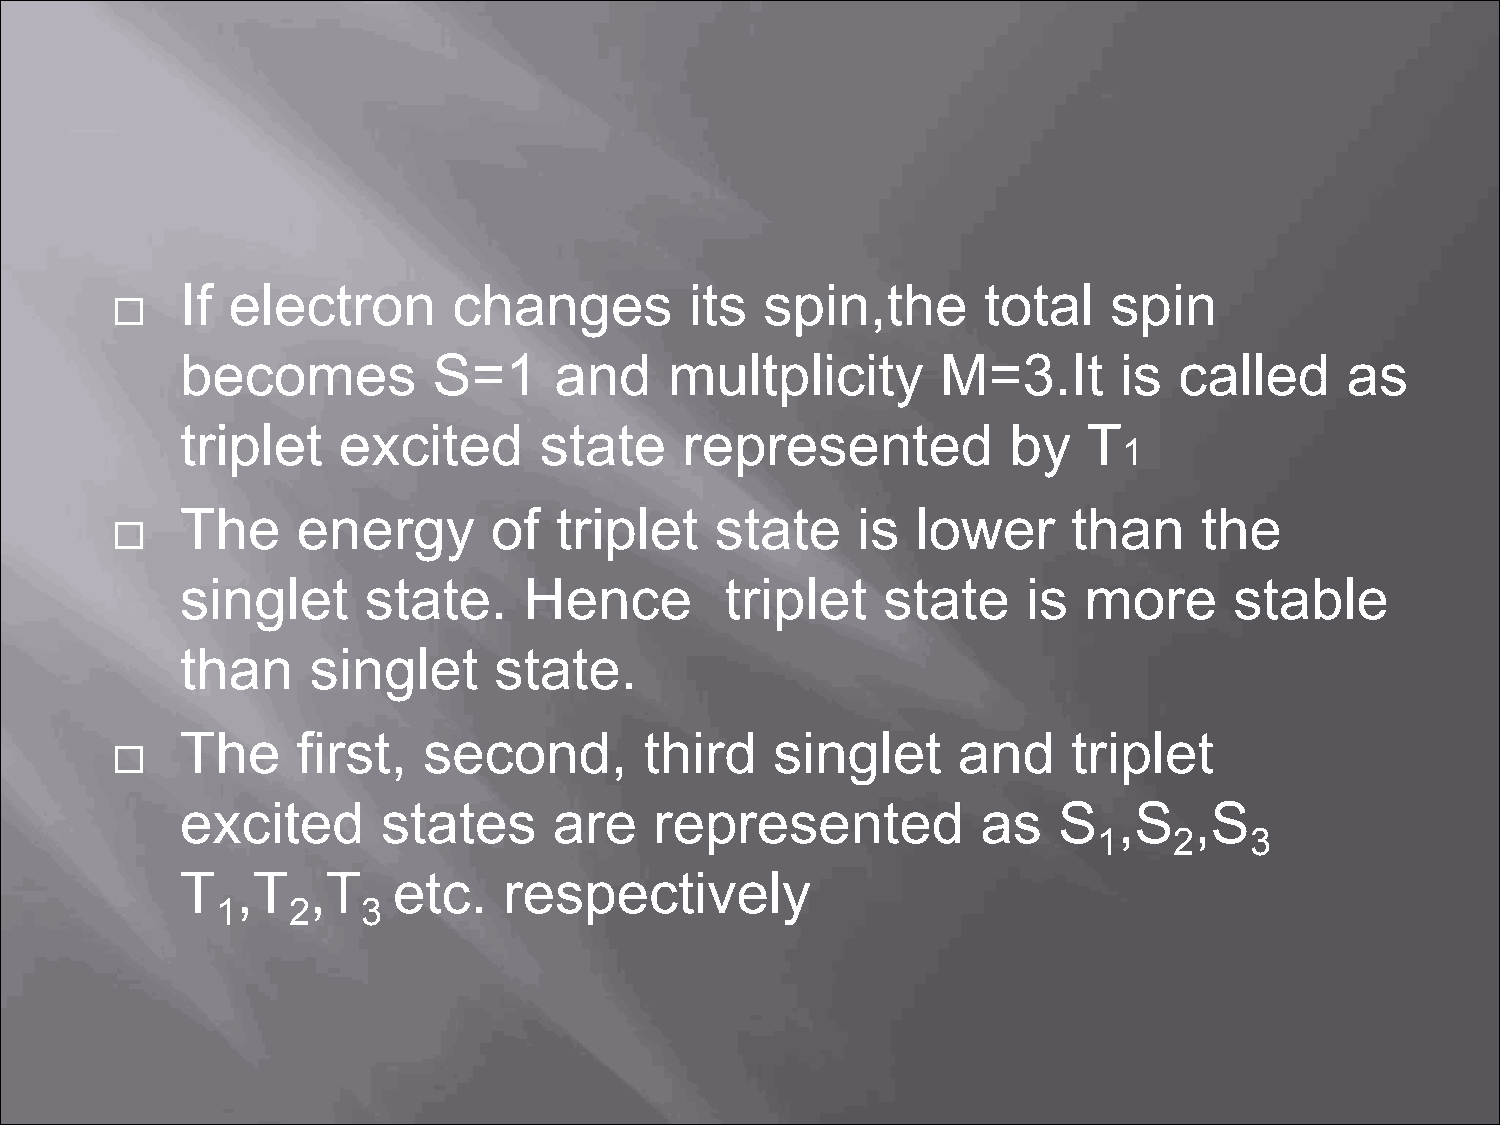
If electron       changes         its  spin,the      total    spin
 
 becomes          S=1     and    multplicity       M=3.It      is  called     as
 triplet   excited       state    represented           by   T
 1
 The     energy       of  triplet   state     is  lower     than     the
 
 singlet     state.     Hence        triplet   state     is  more      stable
 than     singlet     state.
 The     first,  second,        third   singlet     and     triplet
 
 excited      states      are   represented           as   S   ,S   ,S
 1    2    3
 T   ,T  ,T    etc.   respectively
 1    2    3